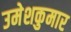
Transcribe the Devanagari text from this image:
उमेशकुमार